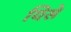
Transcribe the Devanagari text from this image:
यिसे